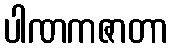
ပါဏကဇာတာ